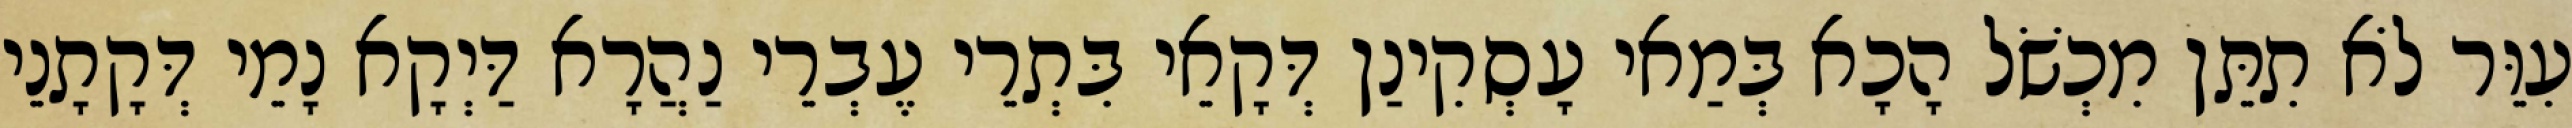
עִוֵּר לֹא תִתֵּן מִכְשֹׁל הָכָא בְּמַאי עָסְקִינַן דְּקָאֵי בִּתְרֵי עֶבְרֵי נַהֲרָא דַּיְקָא נָמֵי דְּקָתָנֵי